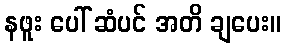
နဖူး ပေါ် ဆံပင် အတိ ချပေး။